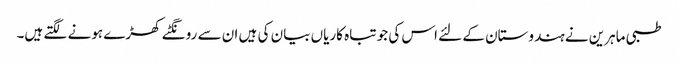
طبی ماہرین نے ہندوستان کے لئے اس کی جو تباہ کاریاں بیان کی ہیں ان سے رونگٹے کھڑے ہونے لگتے ہیں۔